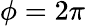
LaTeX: \phi=2\pi